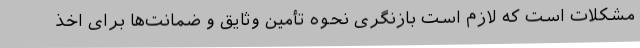
مشکلات است که لازم است بازنگری نحوه تأمین وثایق و ضمانت‌ها برای اخذ